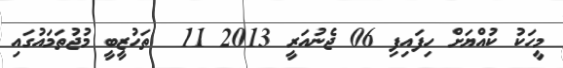
މީހަކު ކުއްޔަށް ހިފައިފި 06 ޖެނުއަރީ 2013 11  ތަހުޒީބީ މުޖުތަމައުގައި